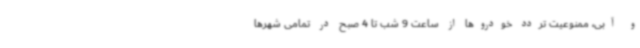
و آبی، ممنوعیت تردد خودروها از ساعت 9 شب تا 4 صبح در تمامی شهرها